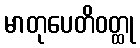
မာတုပေတိဝတ္ထု